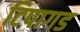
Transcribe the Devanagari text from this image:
टिपागड